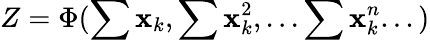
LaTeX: Z=\Phi(\sum\mathbf{x}_{k},\sum\mathbf{x}_{k}^{2},...\sum\mathbf{x}_{k}^{n}...)